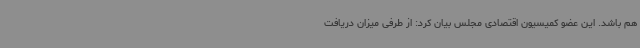
هم باشد. این عضو کمیسیون اقتصادی مجلس بیان کرد: از طرفی میزان دریافت